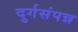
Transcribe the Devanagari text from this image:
दुर्गसंपन्न